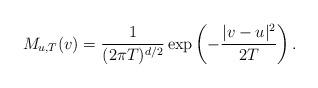
LaTeX: \begin{align*}M_{u,T}(v) = \frac1{(2\pi T)^{d/2}} \exp\left(-\frac{|v-u|^2}{2T}\right).\end{align*}